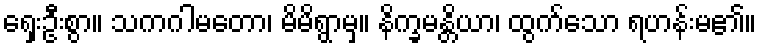
ရှေးဦးစွာ။ သကဂါမတော၊ မိမိရွာမှ။ နိက္ခမန္တိယာ၊ ထွက်သော ရဟန်းမ၏။